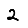
Digit: 2